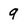
Character: 9